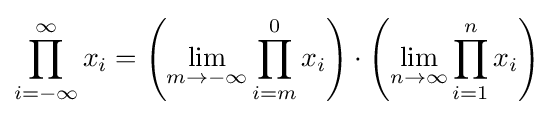
\prod _{i=-\infty }^{\infty }x_{i}=\left(\lim _{m\to -\infty }\prod _{i=m}^{0}x_{i}\right)\cdot \left(\lim _{n\to \infty }\prod _{i=1}^{n}x_{i}\right)